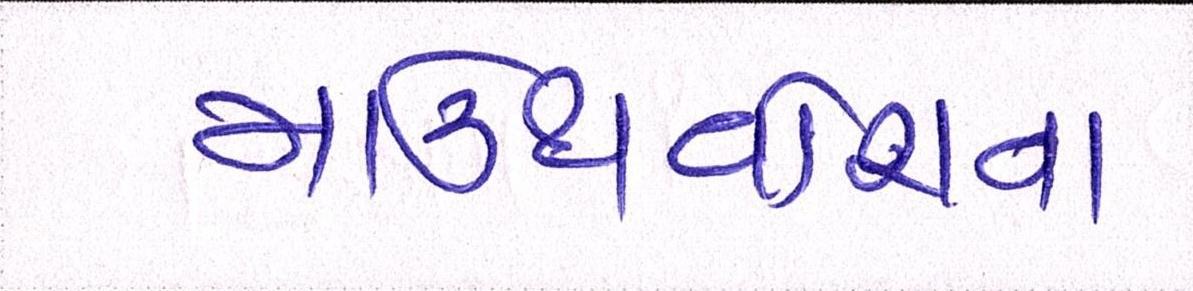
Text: માઉથવોશના